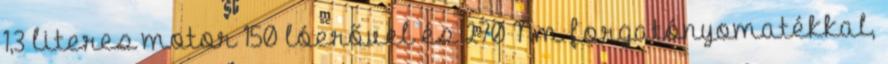
1,3 literes motor 150 lóerővel és 270 Nm forgatónyomatékkal,